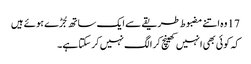
17 وہ اتنے مضبوط طریقے سے ایک ساتھ جُڑے ہو ئے ہیں
کہ کو ئی بھی انہیں کھینچ کر الگ نہیں کر سکتا ہے۔